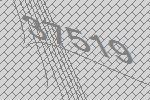
37519